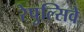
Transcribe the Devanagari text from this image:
रेपुल्सिवे